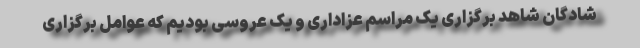
شادگان شاهد برگزاری یک مراسم عزاداری و یک عروسی بودیم که عوامل برگزاری